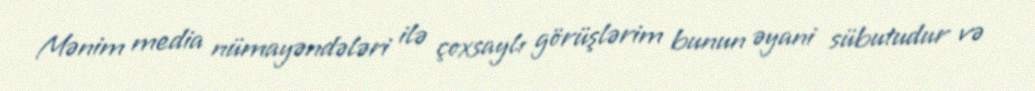
Mənim media nümayəndələri ilə çoxsaylı görüşlərim bunun əyani sübutudur və